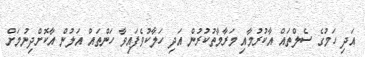
އަދި ހަމުގެ ސެލްތައް އާކުރުމާއި މަރާމާތުކުރުން އަދި ހަލާކުވެފައިވާ ހަންތައް އަލުން އާކޮށްދިނުމަށް